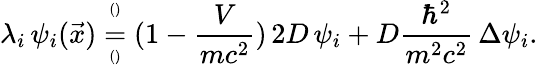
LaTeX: \lambda_{i}\, \psi_{i}(\vec{x})\overset{^{()}}{\underset{^{()}}{=}}(1-\frac{V}{mc^{2}})\, 2D\, \psi_{i}+D\frac{\hbar^{2}}{m^{2}c^{2}}\, \Delta\psi_{i}.